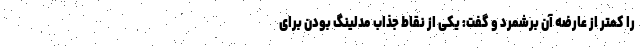
را کمتر از عارضه آن برشمرد و گفت: یکی از نقاط جذاب مدلینگ بودن برای